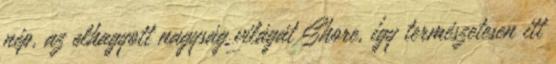
nép, az elhagyott nagyság világát Shore, így természetesen itt